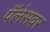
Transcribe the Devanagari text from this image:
पॅलेसवर